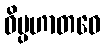
ဝိပ္ပဟာတဝေ